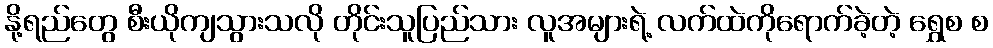
နို့ရည်တွေ စီးယိုကျသွားသလို တိုင်းသူပြည်သား လူအများရဲ့ လက်ထဲကိုရောက်ခဲ့တဲ့ ရွှေစ စ